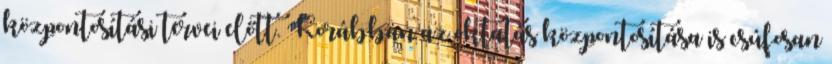
központosítási tervei előtt. Korábban az oktatás központosítása is csúfosan